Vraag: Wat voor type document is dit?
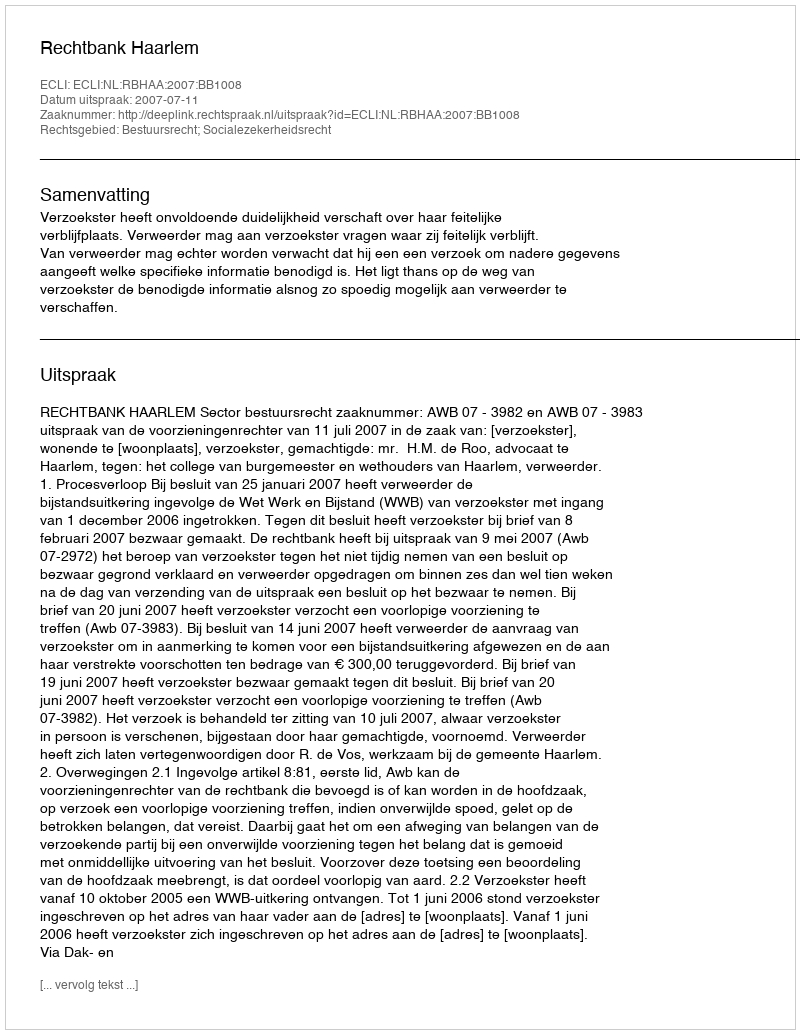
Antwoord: Uitspraak